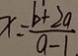
x = \frac { b + 2 a } { a - 1 }